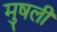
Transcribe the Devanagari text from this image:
मुषली